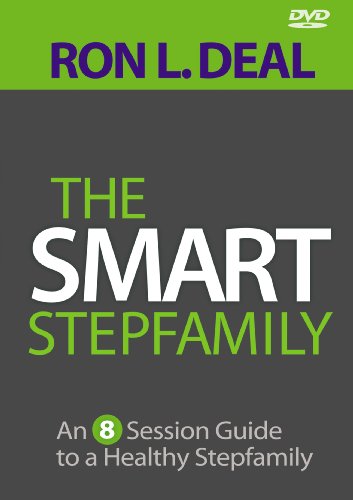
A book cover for The Smart Stepfamily: An 8-Session Guide to a Healthy Stepfamily; Ron L. Deal; Parenting & Relationships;